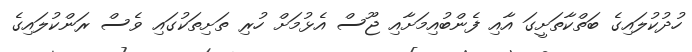
ހުދުކުލައިގެ ބަތްކާތަށީގަ އާއި ފެންބުއިމަށާއި ޖޫސް އެޅުމަށް ހުރި ތަށިތަކުގައި ވެސް ރަންކުލައިގެ